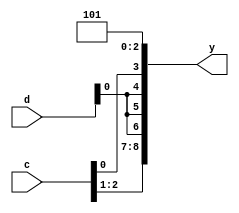
module swizzle(input  [3:0]  c, d,
               output [8:0] y);

  assign y = {c[2:1], {3{d[0]}}, c[0], 3'b101};
endmodule